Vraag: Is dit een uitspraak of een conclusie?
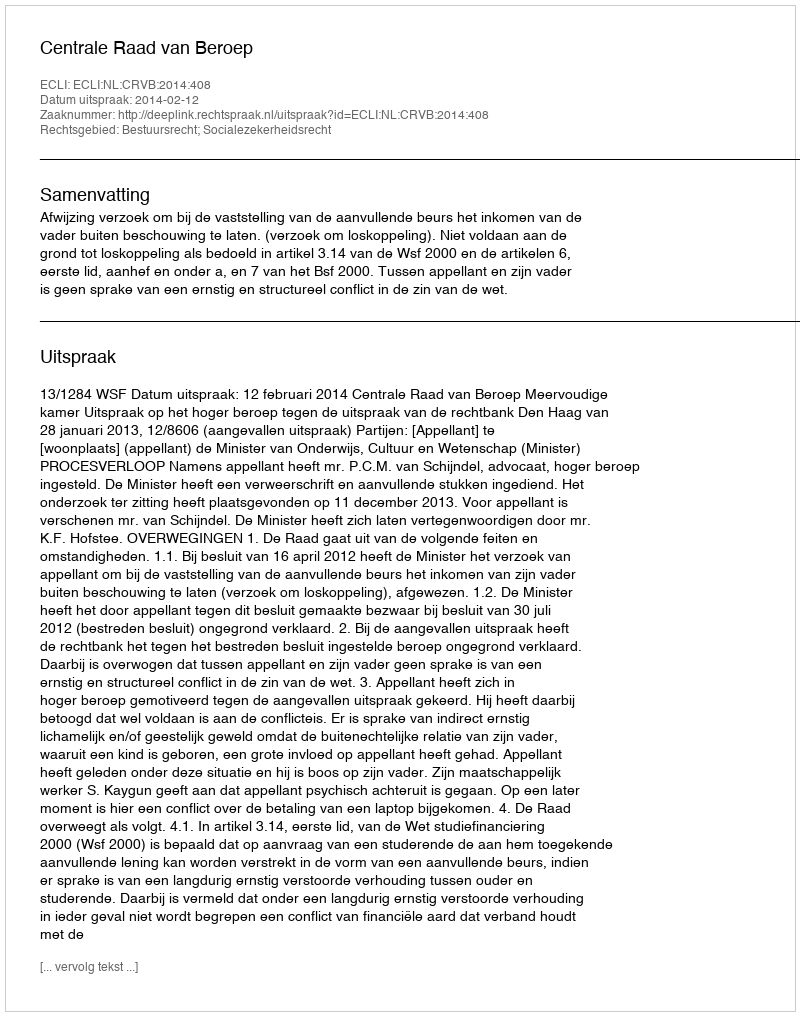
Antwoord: Uitspraak